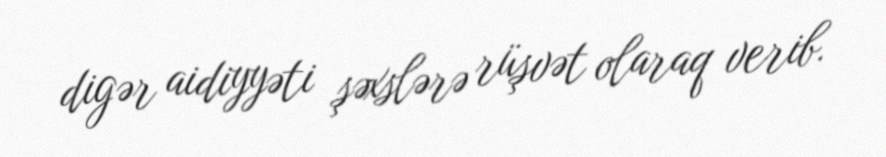
digər aidiyyəti şəxslərə rüşvət olaraq verib.